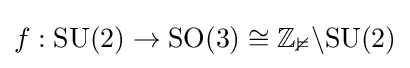
f:\mathrm {SU} (2)\rightarrow \mathrm {SO} (3)\cong \mathbb {Z_{2}} \backslash \mathrm {SU} (2)